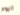
اليوم